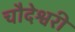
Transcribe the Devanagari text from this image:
चौदेश्वरी